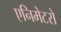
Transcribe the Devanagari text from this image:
एनिमेटरो